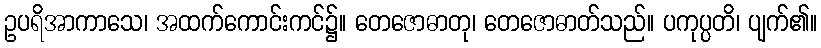
ဥပရိအာကာသေ၊ အထက်ကောင်းကင်၌။ တေဇောဓာတု၊ တေဇောဓာတ်သည်။ ပကုပ္ပတိ၊ ပျက်၏။